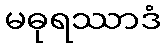
မဓုရဿာဒံ